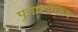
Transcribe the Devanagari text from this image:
पुनाह्चाक्रण